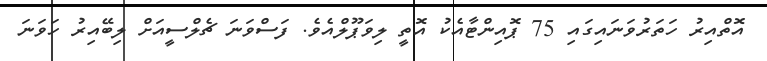
އޮތްއިރު ހަތަރުވަނައިގައި 75 ޕޮއިންޓާއެކު އޮތީ ލިވަޕޫލްއެވެ. ފަސްވަނަ ޗެލްސީއަށް ލިބޭއިރު ހަވަނަ